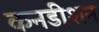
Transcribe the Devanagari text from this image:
कनडीशन